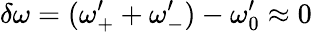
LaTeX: \delta\omega=(\omega_{+}^{\prime}+\omega_{-}^{\prime})-\omega_{0}^{\prime}\approx 0